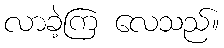
လာခဲ့ကြ လေသည်။